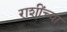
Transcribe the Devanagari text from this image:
राशींच्या